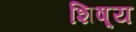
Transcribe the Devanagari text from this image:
शिष़्य